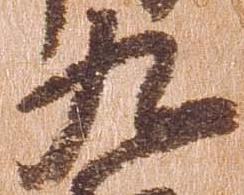
九